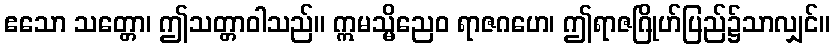
ဧသော သတ္တော၊ ဤသတ္တာဝါသည်။ ဣမသ္မိညေဝ ရာဇဂဟေ၊ ဤရာဇဂြိုဟ်ပြည်၌သာလျှင်။